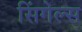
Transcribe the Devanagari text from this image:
सिंगेल्स